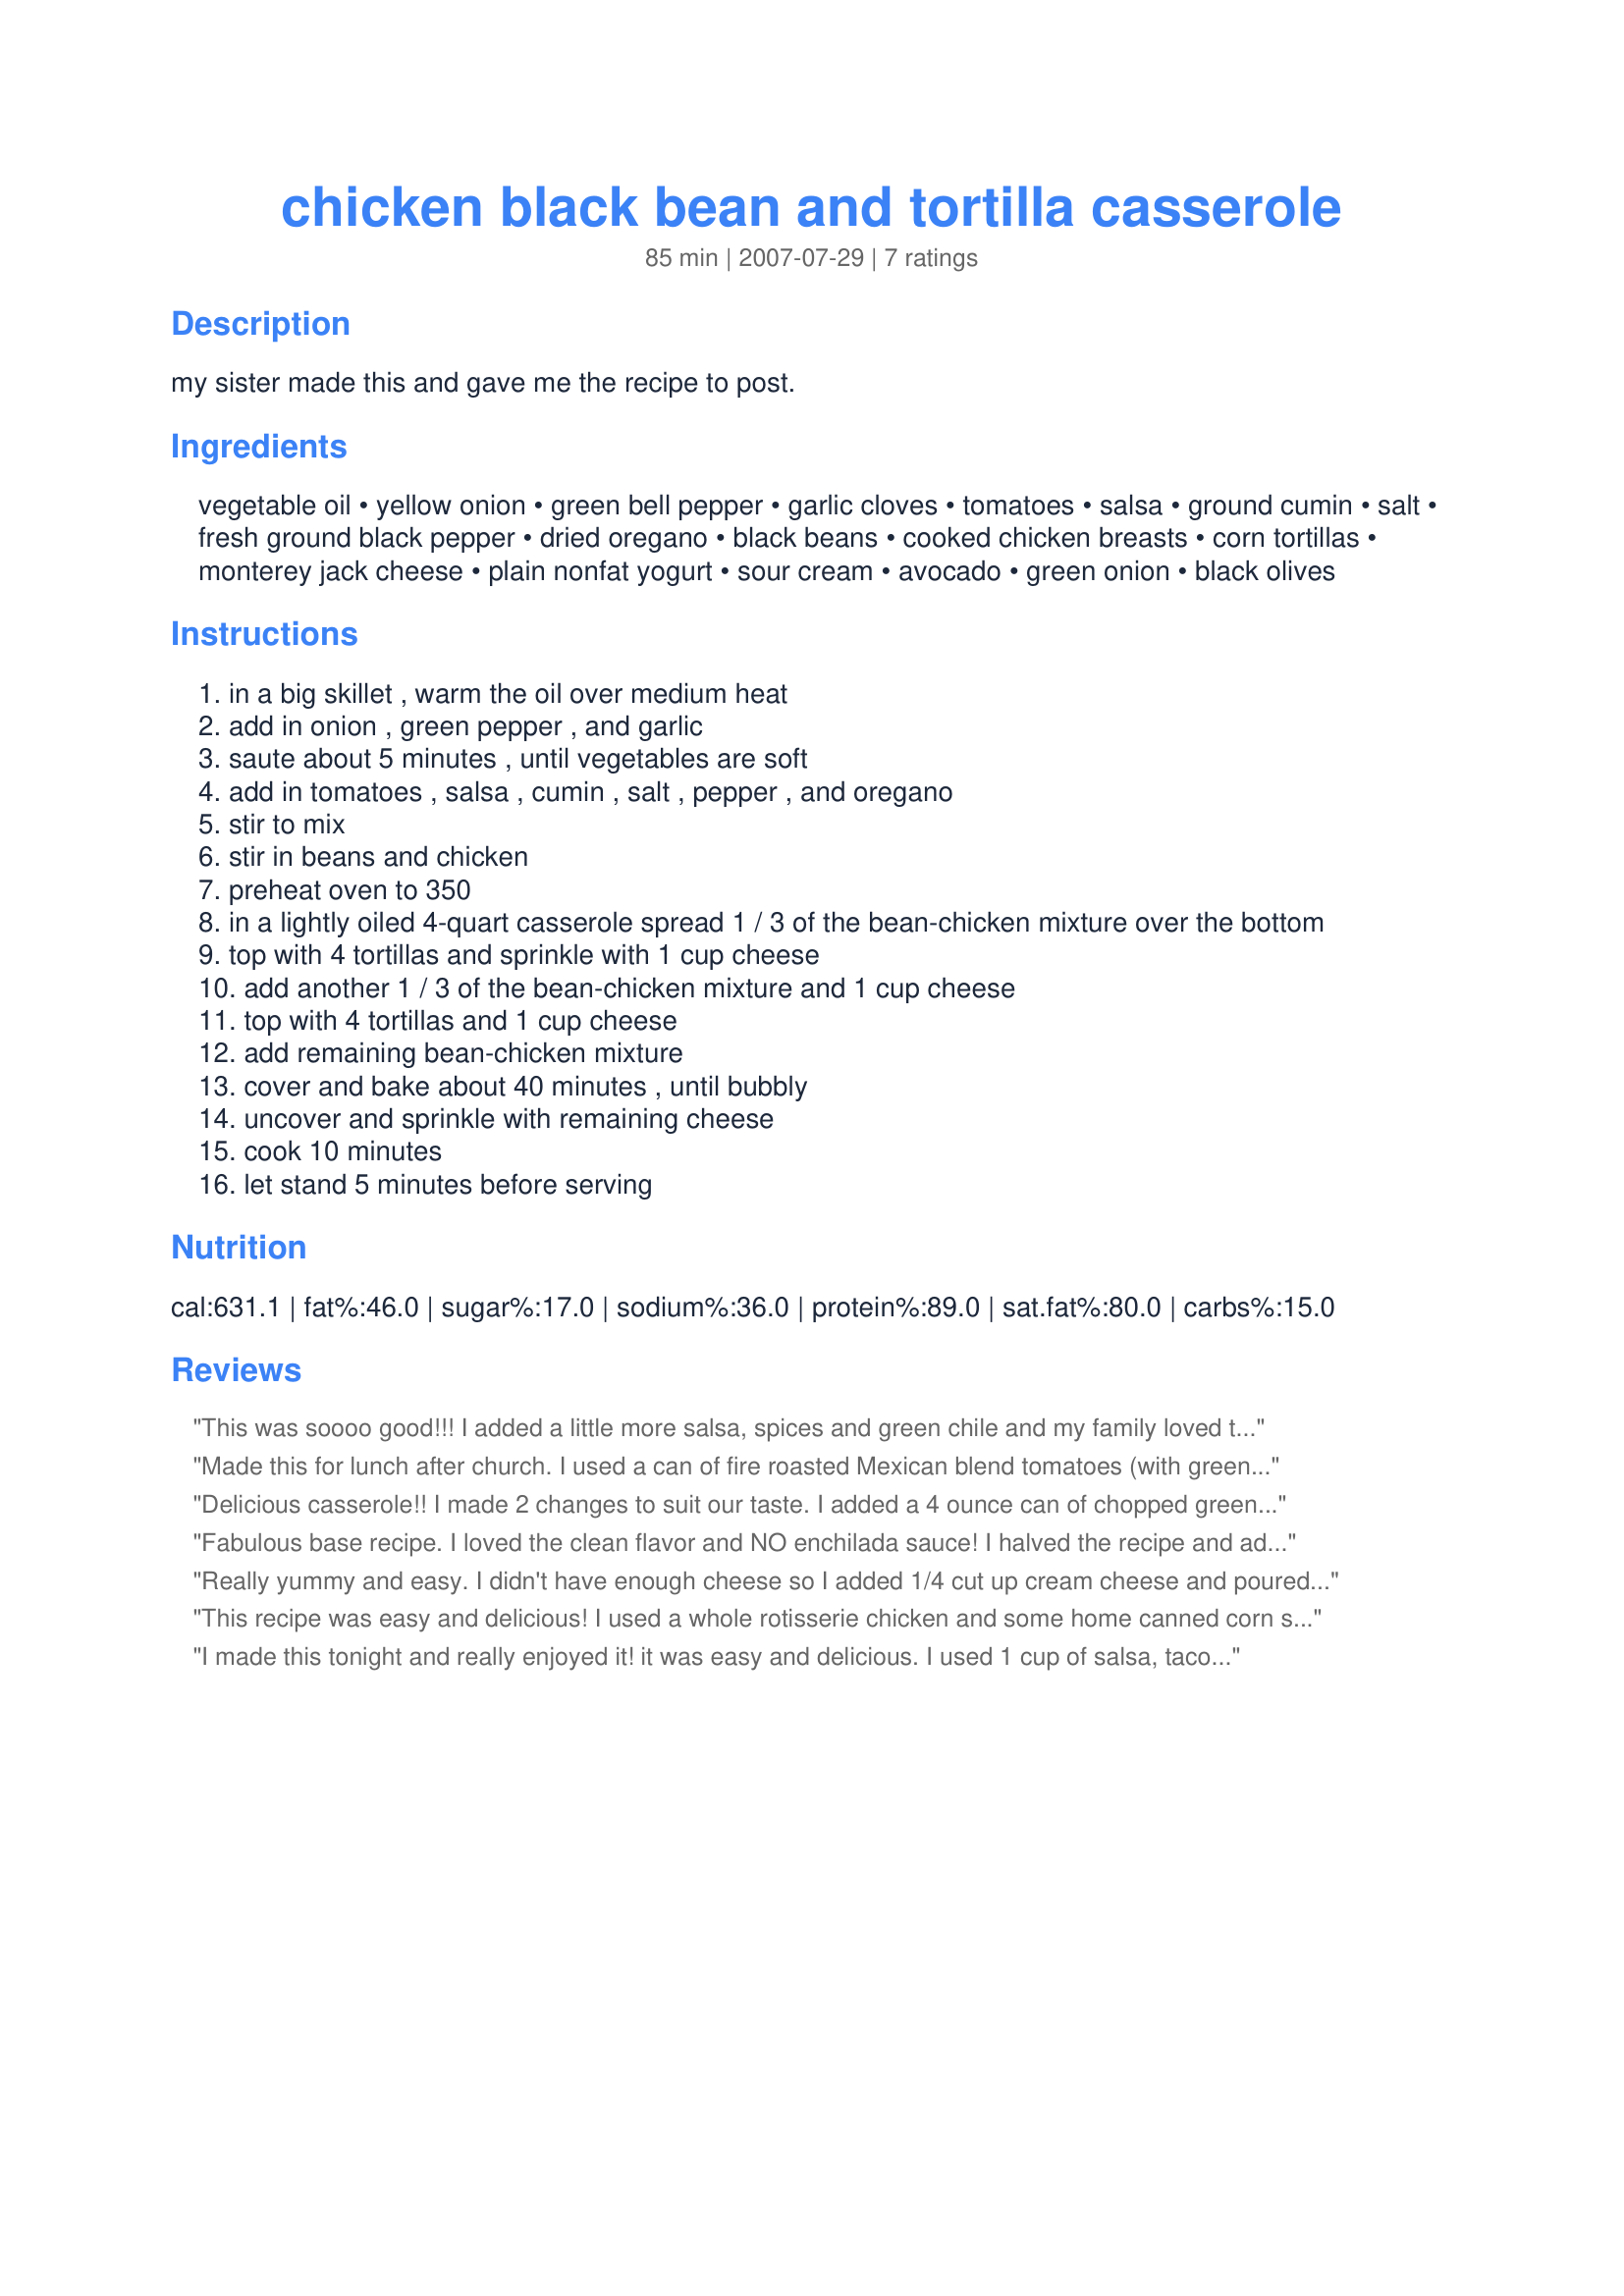
chicken black bean and tortilla casserole
Preparation time: 85 minutes

my sister made this and gave me the recipe to post.

Ingredients:
vegetable oil, yellow onion, green bell pepper, garlic cloves, tomatoes, salsa, ground cumin, salt, fresh ground black pepper, dried oregano, black beans, cooked chicken breasts, corn tortillas, monterey jack cheese, plain nonfat yogurt, sour cream, avocado, green onion, black olives

Steps:
in a big skillet , warm the oil over medium heat
add in onion , green pepper , and garlic
saute about 5 minutes , until vegetables are soft
add in tomatoes , salsa , cumin , salt , pepper , and oregano
stir to mix
stir in beans and chicken
preheat oven to 350
in a lightly oiled 4-quart casserole spread 1 / 3 of the bean-chicken mixture over the bottom
top with 4 tortillas and sprinkle with 1 cup cheese
add another 1 / 3 of the bean-chicken mixture and 1 cup cheese
top with 4 tortillas and 1 cup cheese
add remaining bean-chicken mixture
cover and bake about 40 minutes , until bubbly
uncover and sprinkle with remaining cheese
cook 10 minutes
let stand 5 minutes before serving

Reviews:
This was soooo good!!! I added a little more salsa, spices and green chile and my family loved this!!! 

Please tell your sister thank you so very much!!!!

Susy
Made this for lunch after church. I used a can of fire roasted Mexican blend tomatoes (with green chilies and onion), and a mixture of cheddar and pepper jack cheese. I actually liked the flavor of the filling better before I added the chicken, and will probably leave it out next time; adding an extra can of black beans in its place. I also added a small can of sliced olives with jalapenos to the top layer of the bean & chicken mixture as I knew it would be a kid pleaser. I think I will try actual tortilla chips in this recipe next time and see how that works. It was nice to sit down to a Sunday meal that everyone enjoyed. Thanks for sharing your recipe.
Delicious casserole!! I made 2 changes to suit our taste. I added a 4 ounce can of chopped green chilies because after looking at the ingredients, I thought it needed a bit of heat. I also used Mexican blend cheese instead of the Monterey Jack. We really liked this casserole and will be having it again! Thanks for posting this recipe!
Fabulous base recipe. I loved the clean flavor and NO enchilada sauce! I halved the recipe and adapted it for New Mexico flavors (pinto beans for black beans, a can of green chiles for green bell pepper, Rotel tomatoes w/green chiles for regular and Mexican blend cheese). I also layered it slightly differently: before adding chicken and beans to sauce, I put a little layer of sauce on the bottom of the 2 qt. casserole. Subsequent layers: 2 1/2 tortillas, 1/3 mixture, 1/2 C cheese (3 layers). Definitely a dollop of sour cream on top when serving! It was perfect!
Really yummy and easy. I didn't have enough cheese so I added 1/4 cut up cream cheese and poured some half and half over the top layer.
This recipe was easy and delicious! I used a whole rotisserie chicken and some home canned corn salsa, with one small can of green chilies. My husband and I loved it. Will make it again for our kids and grandchildren. Thanks!
I made this tonight and really enjoyed it! it was easy and delicious. I used 1 cup of salsa, taco seasoning instead of the other spices and added 1 can of corn. I also only used 2 cups of shredded mexican cheese, but will add more next time since dh likes things really cheesy.
